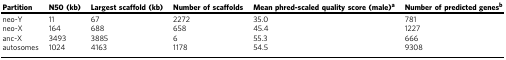
<table><thead><tr><td><b>Partition</b></td><td><b>N50 (kb)</b></td><td><b>Largest scaffold (kb)</b></td><td><b>Number of scaffolds</b></td><td><b>Mean phred-scaled quality score (male)<sup>a</sup></b></td><td><b>Number of predicted genes<sup>b</sup></b></td></tr></thead><tbody><tr><td>neo-Y</td><td>11</td><td>67</td><td>2272</td><td>35.0</td><td>781</td></tr><tr><td>neo-X</td><td>164</td><td>688</td><td>658</td><td>45.4</td><td>1227</td></tr><tr><td>anc-X</td><td>3493</td><td>3885</td><td>6</td><td>55.3</td><td>666</td></tr><tr><td>autosomes</td><td>1024</td><td>4163</td><td>1178</td><td>54.5</td><td>9308</td></tr></tbody></table>